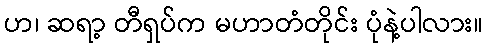
ဟ၊ ဆရာ့ တီရှပ်က မဟာတံတိုင်း ပုံနဲ့ပါလား။